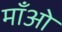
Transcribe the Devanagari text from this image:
माँओ